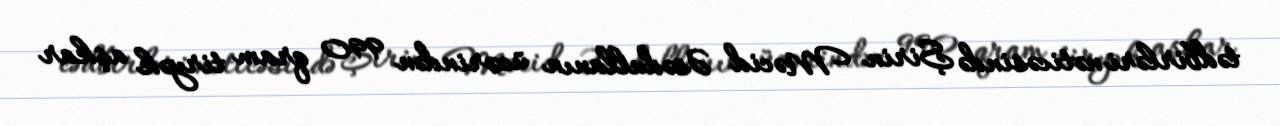
tədbirləri nəticəsində Şirin Məcid Əsədullanın üzərindən 990 qram tiryək aşkar